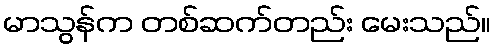
မာသွန်က တစ်ဆက်တည်း မေးသည်။